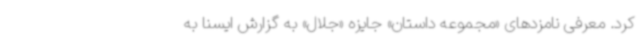
کرد. معرفی نامزدهای «مجموعه داستان» جایزه «جلال» به گزارش ایسنا به